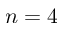
n = 4